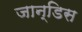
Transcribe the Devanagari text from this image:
जान्डिस